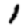
Digit: 1